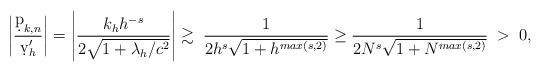
LaTeX: \begin{align*}\left| \frac{\d p_{k,n}}{\d v'_h} \right| = \left| \frac{k_h h^{-s}}{2 \sqrt{1+\lambda_h/c^2}} \right| &\gtrsim \; \frac{1}{2 h^s \sqrt{1+h^{max(s,2)}} } \geq \frac{1}{2 N^s \sqrt{1+N^{max(s,2)}}} \; > \; 0, \end{align*}